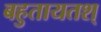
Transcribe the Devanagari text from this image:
बहुतायतश्